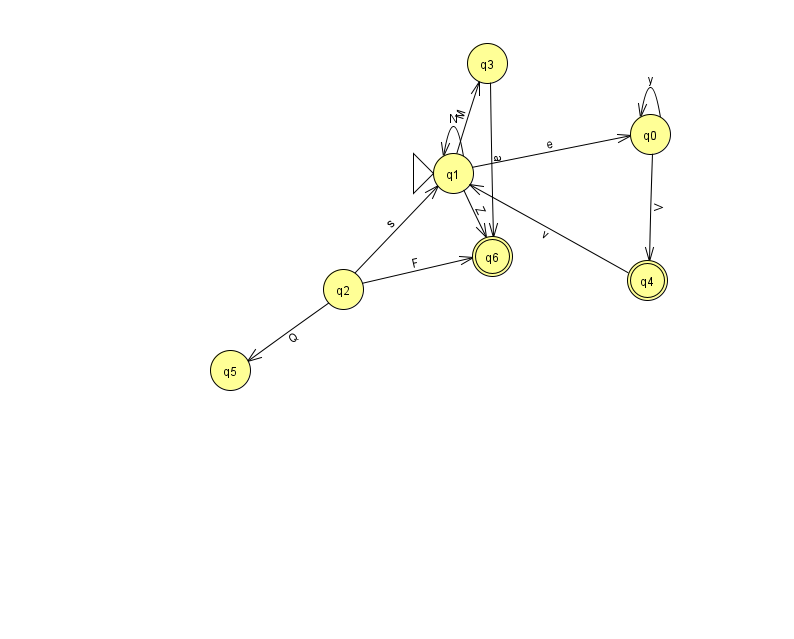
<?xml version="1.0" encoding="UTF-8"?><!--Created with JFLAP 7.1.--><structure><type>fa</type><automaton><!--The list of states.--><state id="0" name="q0"><x>650.0</x><y>121.0</y></state><state id="1" name="q1"><x>453.0</x><y>160.0</y><initial/></state><state id="2" name="q2"><x>343.0</x><y>276.0</y></state><state id="3" name="q3"><x>487.0</x><y>50.0</y></state><state id="4" name="q4"><x>647.0</x><y>267.0</y><final/></state><state id="5" name="q5"><x>230.0</x><y>357.0</y></state><state id="6" name="q6"><x>492.0</x><y>243.0</y><final/></state><!--The list of transitions.--><transition><from>2</from><to>6</to><read>F</read></transition><transition><from>2</from><to>1</to><read>s</read></transition><transition><from>4</from><to>1</to><read>v</read></transition><transition><from>3</from><to>6</to><read>a</read></transition><transition><from>2</from><to>5</to><read>Q</read></transition><transition><from>0</from><to>0</to><read>y</read></transition><transition><from>1</from><to>0</to><read>e</read></transition><transition><from>0</from><to>4</to><read>V</read></transition><transition><from>1</from><to>6</to><read>Z</read></transition><transition><from>1</from><to>1</to><read>N</read></transition><transition><from>1</from><to>3</to><read>M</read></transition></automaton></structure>